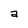
Character: a